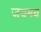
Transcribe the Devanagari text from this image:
जयमध